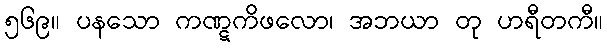
၅၆၉။ ပနသော ကဏ္ဋကိဖလော၊ အဘယာ တု ဟရီတကီ။